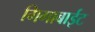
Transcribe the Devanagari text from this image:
गिगाबाईट